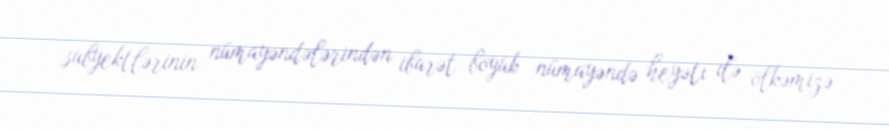
subyektlərinin nümayəndələrindən ibarət böyük nümayəndə heyəti ilə ölkəmizə